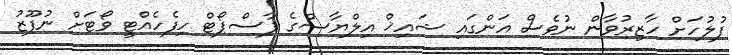
ފުލުހަށް ހާޒިރުވާން ނުވެސް އަންގައި ޝައިޚް އިލްޔާސްގެ ޕާސްޕޯޓް ހިފެހެއްޓީ ވޯޓަށް ނުފޫޒު